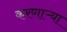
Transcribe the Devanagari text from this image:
करणाऱ्‍या